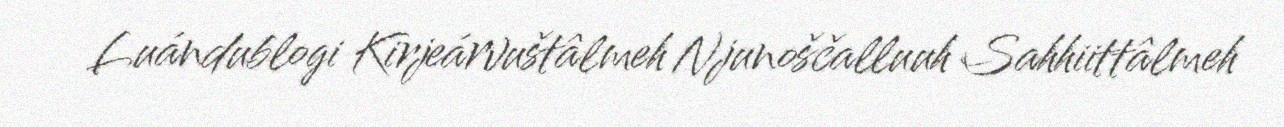
Luándublogi Kirjeárvuštâlmeh Njunoščalluuh Sahhiittâlmeh